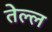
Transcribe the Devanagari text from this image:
तेल्ल